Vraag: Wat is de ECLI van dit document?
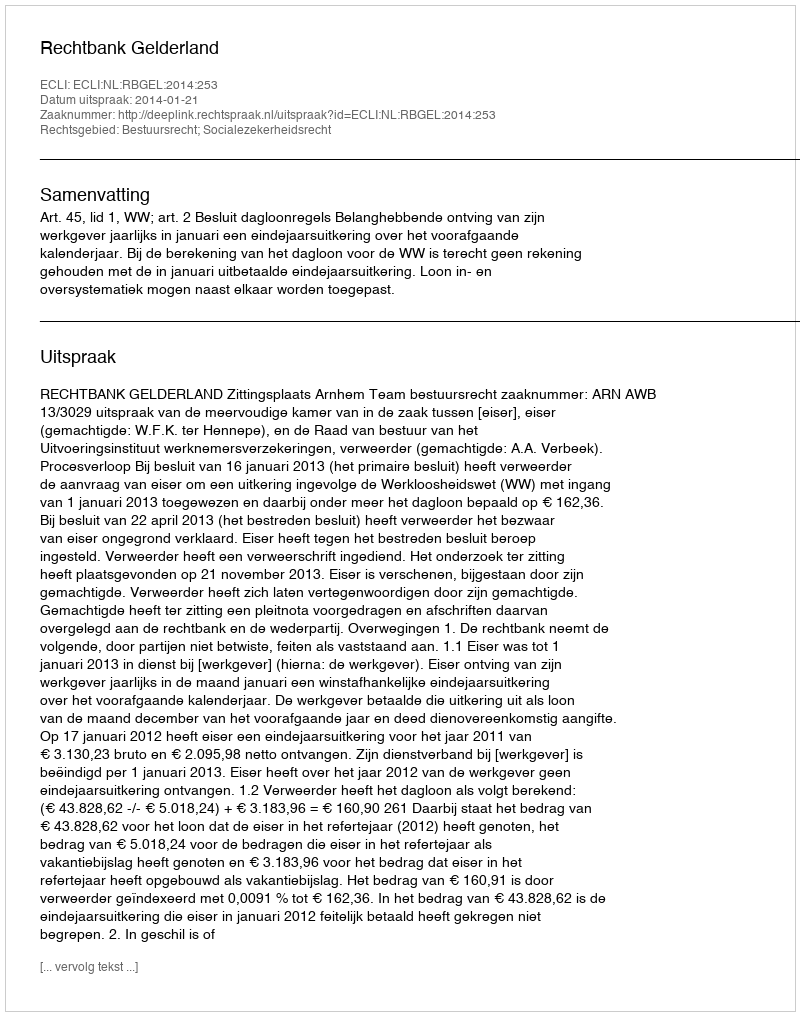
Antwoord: ECLI:NL:RBGEL:2014:253